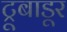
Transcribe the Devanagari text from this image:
ट्रूबाडूर